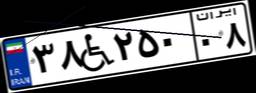
۳۸W۲۵۰۰۸